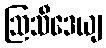
ဩသီဒေယျ